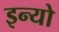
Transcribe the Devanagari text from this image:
इन्यो